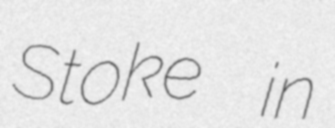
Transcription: Stoke in